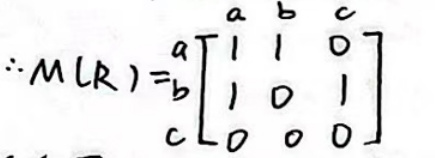
\(\therefore MLR)=\begin{bmatrix}a&b&c\\1&1&0\\1&0&1\\0&0&0\end{bmatrix}\)